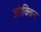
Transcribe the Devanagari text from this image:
जोक्विन